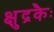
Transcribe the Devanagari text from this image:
क्षुद्रकैः